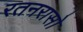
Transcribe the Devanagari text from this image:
रतनरासो